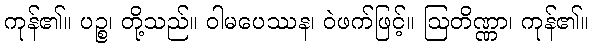
ကုန်၏။ ပဉ္စ၊ တို့သည်။ ဝါမပေဿန၊ ဝဲဖက်ဖြင့်။ ဩတိဏ္ဏာ၊ ကုန်၏။